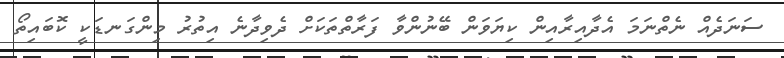
ސަނަދެއް ނެތްނަމަ އެދާއިރާއިން ކިޔަވަން ބޭނުންވާ ފަރާތްތަކަށް ދެވިދާނެ އިތުރު މިންގަނޑަކީ ކޮބައިތޯ